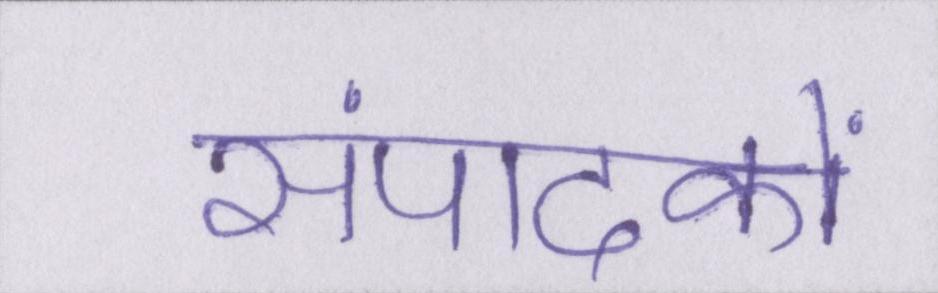
संपादकों